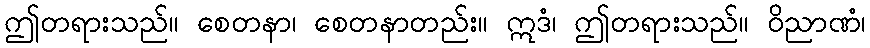
ဤတရားသည်။ စေတနာ၊ စေတနာတည်း။ ဣဒံ၊ ဤတရားသည်။ ဝိညာဏံ၊